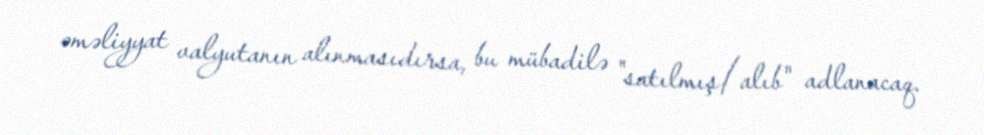
əməliyyat valyutanın alınmasıdırsa, bu mübadilə "satılmış/alıb" adlanacaq.